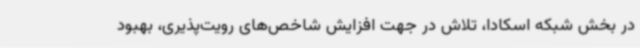
در بخش شبکه اسکادا، تلاش در جهت افزایش شاخص‌های رویت‌پذیری، بهبود